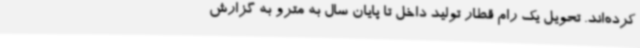
کرده‌اند. تحویل یک رام قطار تولید داخل تا پایان سال به مترو به گزارش